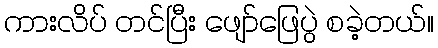
ကားလိပ် တင်ပြီး ဖျော်ဖြေပွဲ စခဲ့တယ်။